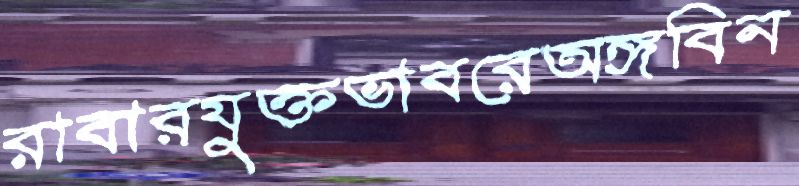
রাবারযুক্তভাবরেঅঙ্গবিন